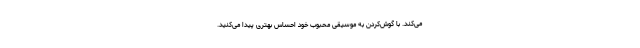
می‌کند. با گوش‌کردن به موسیقی محبوب خود احساس بهتری پیدا می‌کنید.